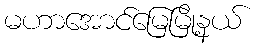
မဟာအောင်မြေမြို့နယ်